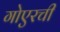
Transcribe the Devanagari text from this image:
गोएरची